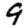
Digit: 9